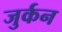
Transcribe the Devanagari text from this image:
जुर्कन